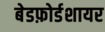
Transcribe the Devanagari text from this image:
बेडफ़ोर्डशायर